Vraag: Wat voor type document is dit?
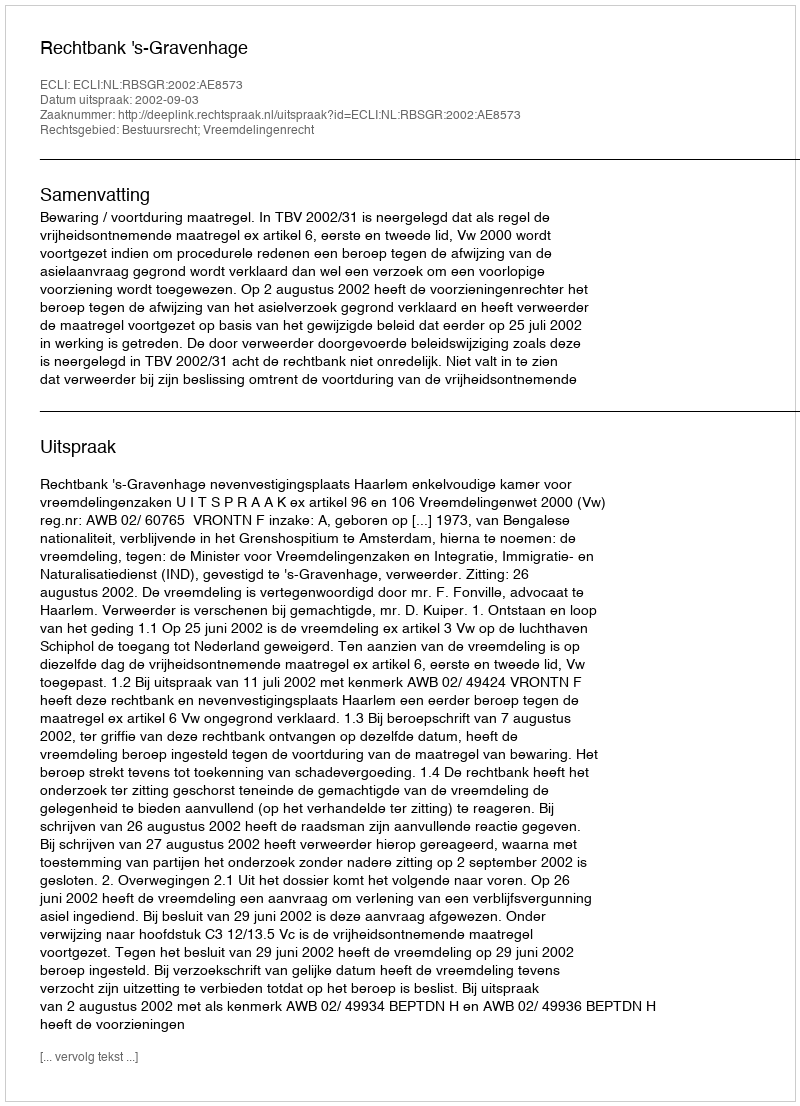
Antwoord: Uitspraak